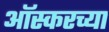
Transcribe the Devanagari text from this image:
ऑस्करच्या